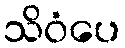
သိဝံပေ